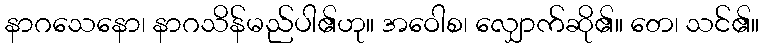
နာဂသေနော၊ နာဂသိန်မည်ပါ၏ဟု။ အဝေါစ၊ လျှောက်ဆို၏။ တေ၊ သင်၏။